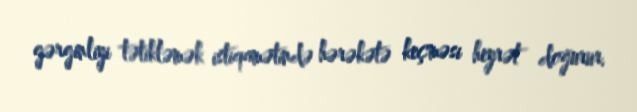
gərginliyi tətikləmək istiqamətində hərəkətə keçməsi heyrət doğurur.